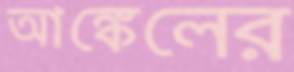
আঙ্কেলের